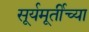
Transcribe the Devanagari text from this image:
सूर्यमूर्तीच्या